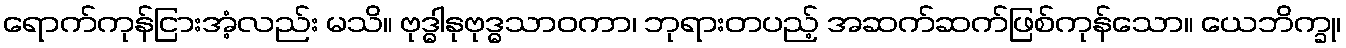
ရောက်ကုန်ငြားအံ့လည်း မသိ။ ဗုဒ္ဓါနုဗုဒ္ဓသာဝကာ၊ ဘုရားတပည့် အဆက်ဆက်ဖြစ်ကုန်သော။ ယေဘိက္ခု၊